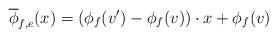
LaTeX: \begin{align*}\overline{\phi}_{f,e}(x)=(\phi_{f}(v')-\phi_{f}(v))\cdot{x}+\phi_{f}(v)\end{align*}